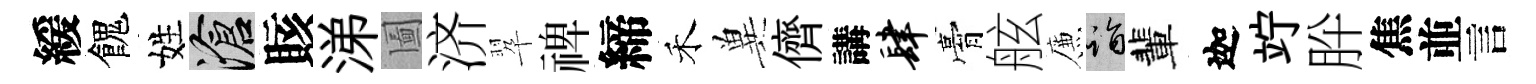
緩餽姓滄賅涕圗济翆禆締禾兾儕講肆膏舷簾诣輩迦竚肸焦並言